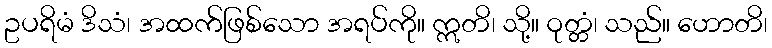
ဥပရိမံ ဒိသံ၊ အထက်ဖြစ်သော အရပ်ကို။ ဣတိ၊ သို့။ ဝုတ္တံ၊ သည်။ ဟောတိ၊